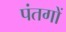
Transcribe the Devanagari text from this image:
पंतगों